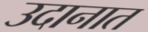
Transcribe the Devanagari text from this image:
उदानात